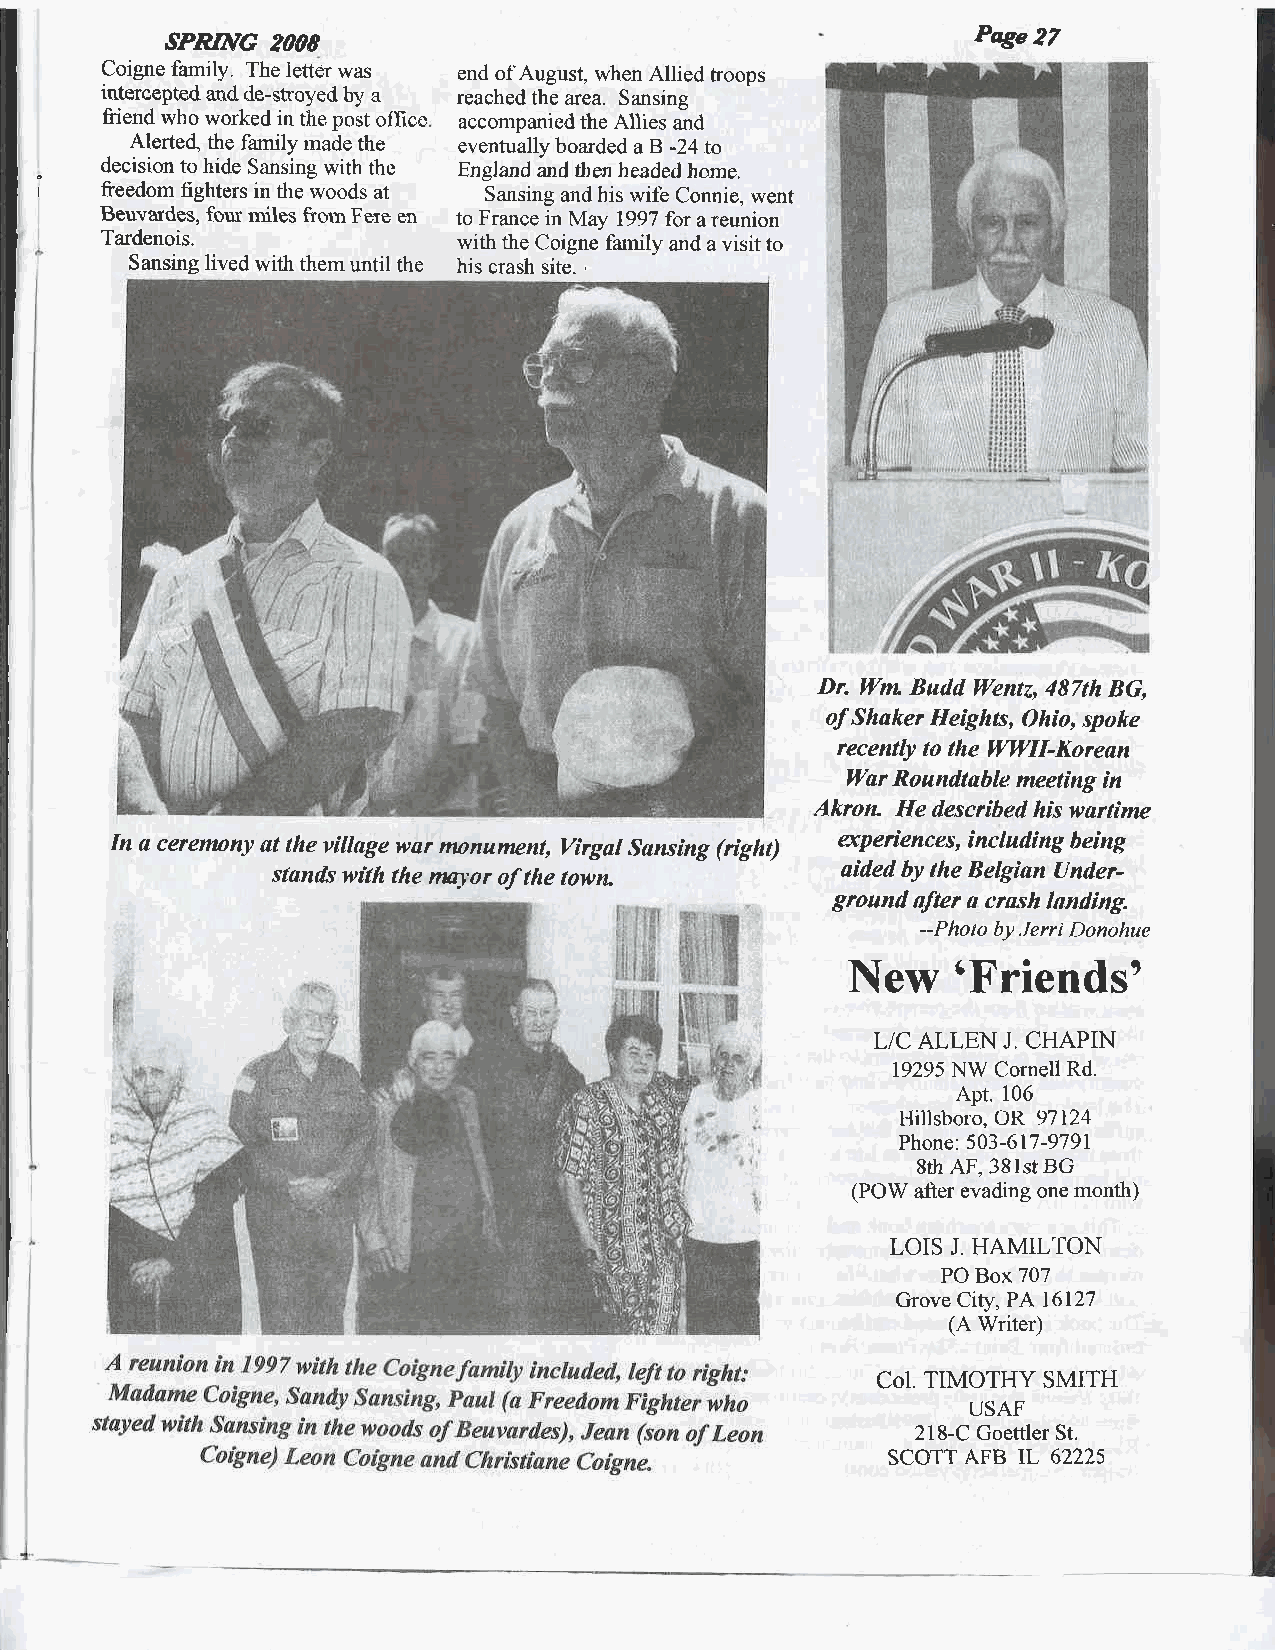
SPRING 2OO8                                           Page 2Z
 Coigne family. The letter was end of August, when Allied troops
 intercepted and de-stroyed by a reached the area. Sansing
 friend who worked in the post office accornpanied the Allies and
 Alerte4 the family made rhe eventually boarded aB -24 to
 decision to hide Sansing with the Enfland and then headed home.
 freedom fighters in the woods at Sansing and his wife Connie, went
 Beuvatdes, four miles fromFere en to France in May 1997 for a reunion
 Tardenois.             with the Coigne family and a visit to
 Sansing lived with them until the his crash site.
 ,
 Dn ll/m Budd lAentz,487th BG,
 of Shaker Heigh*, Ohio, spoke
 recently to the ll4lll-Korean
 War Roundtable meeting in
 Akron He described his wartime
 In a ceremony at the village war monument, Virgal Sansing (right) uperiences, including being
 stands with the nuror of the town-    aided by the Belgian Under-
 ground nfter a crosh lnnding.
 --Pholo by Jerri Donohue
 New'Friendso
 L/C ALLEN J. CHAPIN
 19295 NW Cornell Rd.
 Apt. 106
 Hillsboro, OR 97124
 Phone: 503-617-9791
 8th AF. 38lst BG
 (POW after evading one month)
 LOIS J. HAMILTON
 PO Box 707
 Grove C|W,PA 16127
 (A Writer)
 Col. TIMOTHY SMITH
 USAF
 218-C Goettler St.
 SCOTT AFB IL 62225